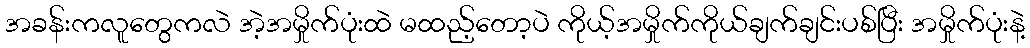
အခန်းကလူတွေကလဲ အဲ့အမှိုက်ပုံးထဲ မထည့်တော့ပဲ ကိုယ့်အမှိုက်ကိုယ်ချက်ချင်းပစ်ပြီး အမှိုက်ပုံးနဲ့